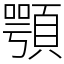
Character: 顎